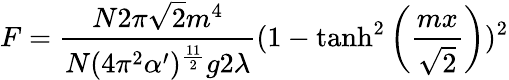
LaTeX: F=\frac{N2\pi\sqrt{2}m^{4}}{N(4\pi^{2}\alpha^{\prime})^{\frac{11}{2}}g2\lambda}(1-\operatorname{tanh}^{2}\left(\frac{mx}{\sqrt{2}}\right))^{2}